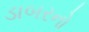
ડાબરનો